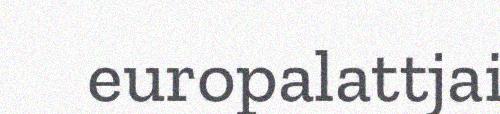
europalattjai